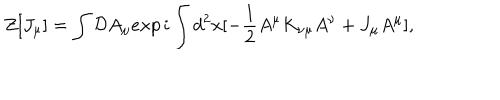
Z [ J _ { \mu } ] = \int { \cal D } A _ { \mu } e x p \, i \int d ^ { 2 } x [ - { \frac { 1 } { 2 } } A ^ { \mu } K _ { \nu \mu } A ^ { \nu } + J _ { \mu } A ^ { \mu } ] ,